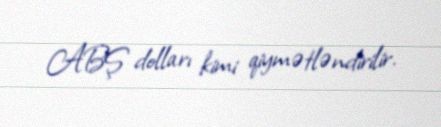
ABŞ dolları kimi qiymətləndirilir.